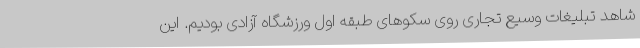
شاهد تبلیغات وسیع تجاری روی سکوهای طبقه اول ورزشگاه آزادی بودیم. این